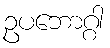
ဥပဘောဂ္ဂါ